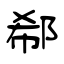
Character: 郗